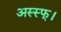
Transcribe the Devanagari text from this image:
अस्स्फ्।